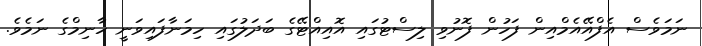
ނަމަވެސް އެފްއޭއެމްއިން ފަހުން ފޮނުވި ލިސްޓުގައި އޮއިއްޓޭގެ ބަދަލުގައި ހިމަނާފައިވަނީ ހާނިމްގެ ނަމެވެ.